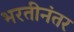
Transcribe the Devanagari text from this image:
भरतीनंतर